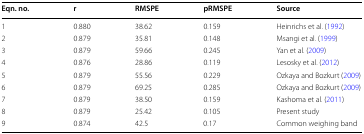
| Eqn. no. | r | RMSPE | pRMSPE | Source |
 | --- | --- | --- | --- | --- |
 | 1 | 0.880 | 38.62 | 0.159 | Heinrichs et al. (1992) |
 | 2 | 0.879 | 35.81 | 0.148 | Msangi et al. (1999) |
 | 3 | 0.879 | 59.66 | 0.245 | Yan et al. (2009) |
 | 4 | 0.876 | 28.86 | 0.119 | Lesosky et al. (2012) |
 | 5 | 0.879 | 55.56 | 0.229 | Ozkaya and Bozkurt (2009) |
 | 6 | 0.879 | 69.25 | 0.285 | Ozkaya and Bozkurt (2009) |
 | 7 | 0.879 | 38.50 | 0.159 | Kashoma et al. (2011) |
 | 8 | 0.879 | 25.42 | 0.105 | Present study |
 | 9 | 0.874 | 42.5 | 0.17 | Common weighing band |